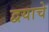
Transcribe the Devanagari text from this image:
द्वयाचे